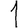
Digit: 1